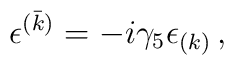
\epsilon^{(\bar k)} = -i\gamma_5 \epsilon_{(k)}\, ,